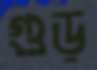
গুড়